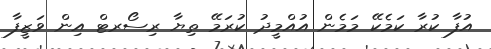
އުފާ ކުރާ ކަމެކޭ މަމެން އުއްމީދު ކުރަމޭ ތިޔާ ރިސޯރޓް އިން ވަޒީފާ